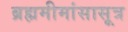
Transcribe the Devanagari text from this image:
ब्रह्ममीमांसासूत्र